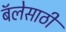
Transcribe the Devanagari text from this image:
बॅलेसाठी